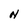
Character: N